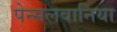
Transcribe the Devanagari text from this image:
पेन्सलवानिया